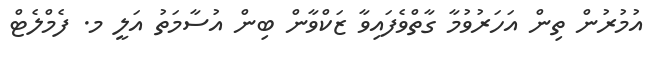
އުމުރުން ތިން އަހަރުވުމާ ގާތްވެފައިވާ ޒަކްވާން ބިން އުސާމަތު އަލީ މ. ފެމްލެޓް